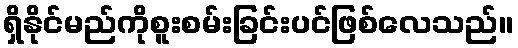
ရှိနိုင်မည်ကိုစူးစမ်းခြင်းပင်ဖြစ်လေသည်။